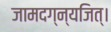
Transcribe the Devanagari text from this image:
जामदग्न्यजित्‌।